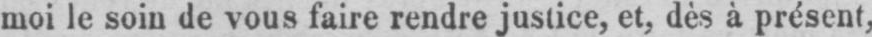
moi le soin de vous faire rendre justice, et, dès à présent,